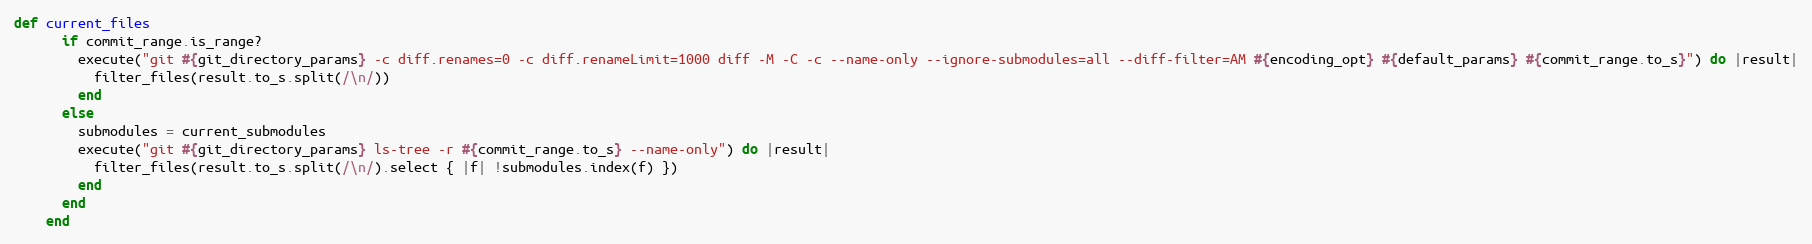
Language: Ruby
def current_files
      if commit_range.is_range?
        execute("git #{git_directory_params} -c diff.renames=0 -c diff.renameLimit=1000 diff -M -C -c --name-only --ignore-submodules=all --diff-filter=AM #{encoding_opt} #{default_params} #{commit_range.to_s}") do |result|
          filter_files(result.to_s.split(/\n/))
        end
      else
        submodules = current_submodules
        execute("git #{git_directory_params} ls-tree -r #{commit_range.to_s} --name-only") do |result|
          filter_files(result.to_s.split(/\n/).select { |f| !submodules.index(f) })
        end
      end
    end